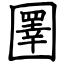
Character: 圛